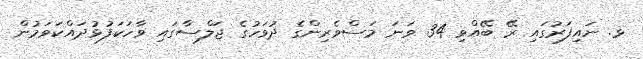
ޅ. ނައިފަރުގައި ރޭ ބޭއްވި 34 ވަނަ މަސްވެރިންގެ ދުވަހުގެ ޖަލްސާގައި ވާހަކަފުޅުދައްކަވަމުން